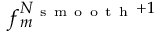
f _ { m } ^ { N _ { \mathrm { ~ s ~ m ~ o ~ o ~ t ~ h ~ } } + 1 }